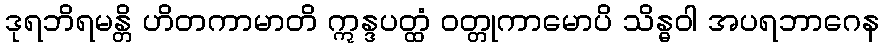
ဒုရဘိရမန္တိ ဟိတကာမာတိ ဣန္ဒပတ္ထံ ဝတ္တုကာမောပိ သိန္ဓဝါ အပရဘာဂေန